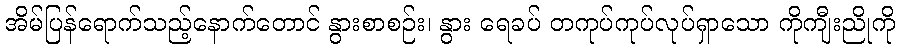
အိမ်ပြန်ရောက်သည့်နောက်တောင် နွားစာစဉ်း၊ နွား ရေခပ် တကုပ်ကုပ်လုပ်ရှာသော ကိုကျီးညိုကို